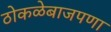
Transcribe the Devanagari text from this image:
ठोकळेबाजपणा